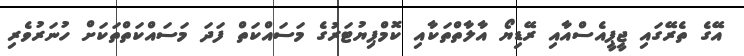
އޭގެ ތެރޭގައި ޖީޕީއެސްއާއި ރޭޑިޔޯ އާލާތްތަކާއި ކޮމްޕިޔުޓަރުގެ މަސައްކަތް ފަދަ މަސައްކަތްތަކަށް ހުނަރުވެރި